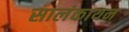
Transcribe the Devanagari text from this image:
सालंकायन